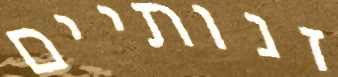
זנותיים